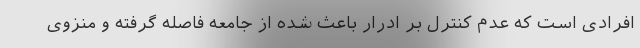
افرادی است که عدم کنترل بر ادرار باعث شده از جامعه فاصله گرفته و منزوی